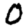
Digit: 0